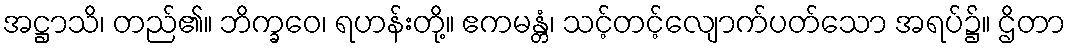
အဋ္ဌာသိ၊ တည်၏။ ဘိက္ခဝေ၊ ရဟန်းတို့။ ဧကမန္တံ၊ သင့်တင့်လျောက်ပတ်သော အရပ်၌။ ဌိတာ